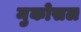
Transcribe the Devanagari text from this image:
मुकोसल